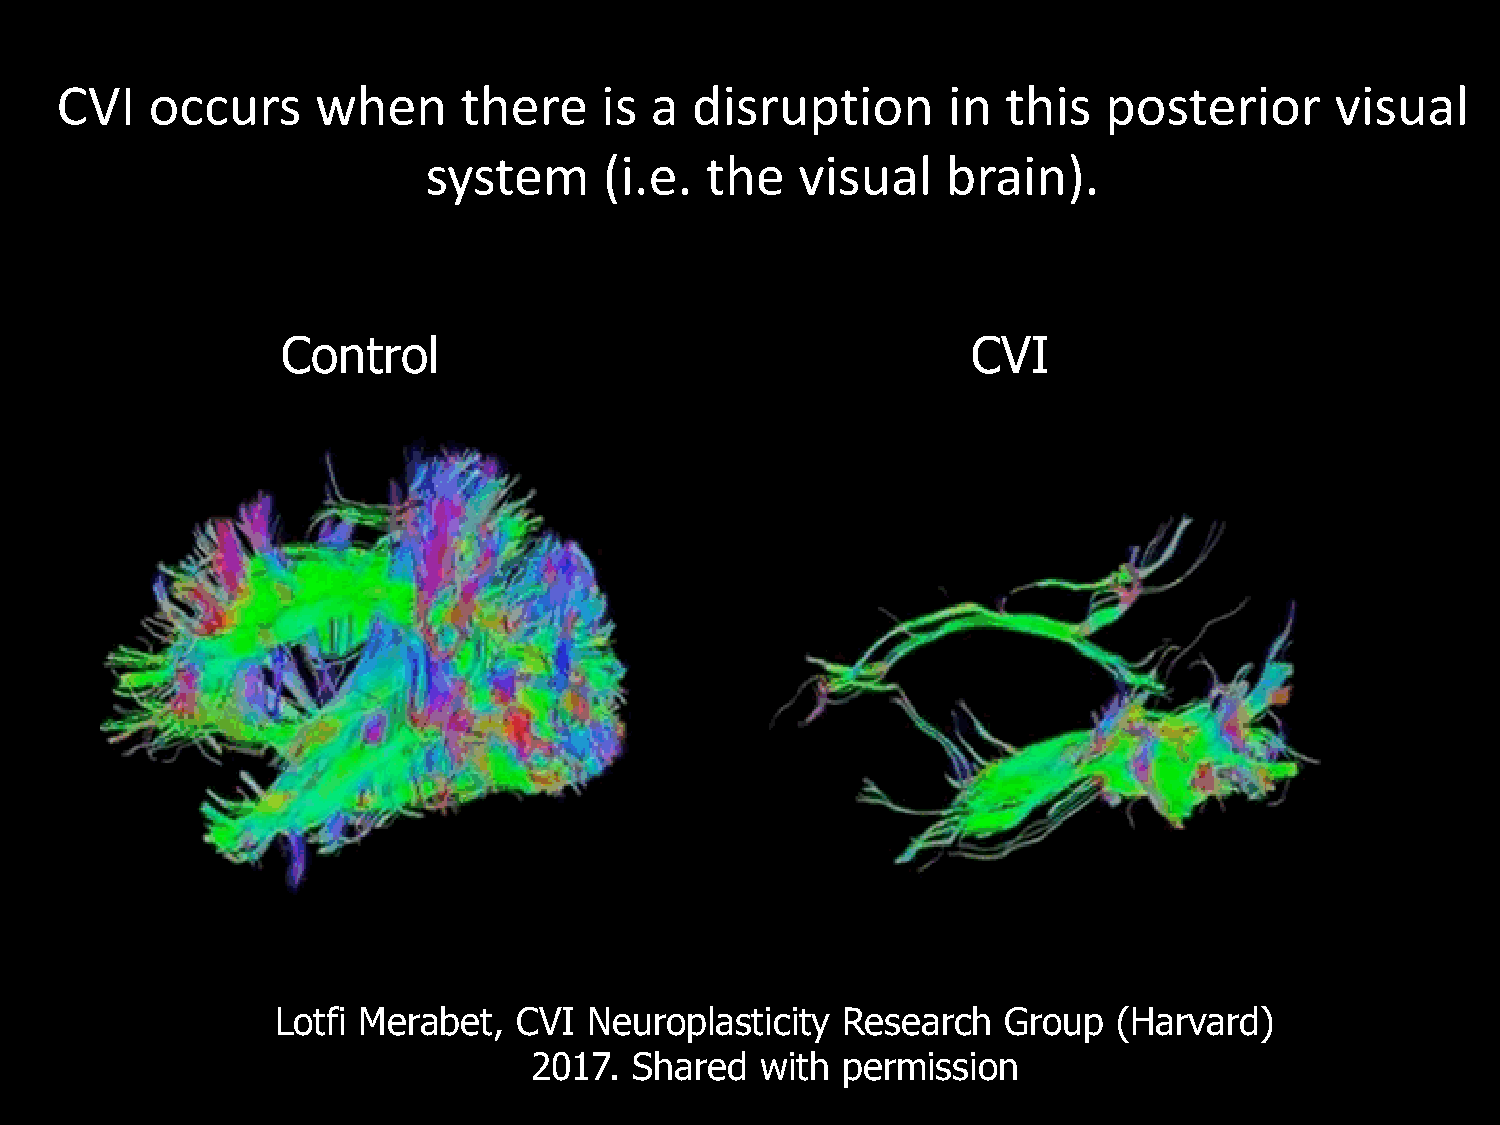
CVI   occurs     when     there     is a  disruption       in  this  posterior      visual
 system      (i.e.  the   visual    brain).
 Control                                      CVI
 Lotfi Merabet,  CVI  Neuroplasticity  Research  Group   (Harvard)
 2017.  Shared  with  permission